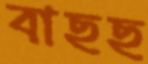
বাছছ